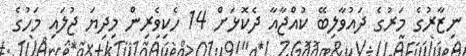
ނިޒާރުގެ މަރުގެ ދައުވާލިބޭ ކުއްޖާއާ ދެކޮޅަށް 14 ހެކިވެރިން މިދިޔަ ޖުލައި މަހުގެ